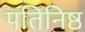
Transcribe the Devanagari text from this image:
पतिनिष्ठ